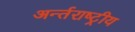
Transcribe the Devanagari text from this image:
अर्न्‍तराष्‍ट्रीय